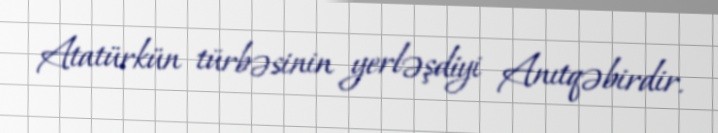
Atatürkün türbəsinin yerləşdiyi Anıtqəbirdir.